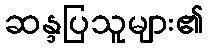
ဆန္ဒပြသူများ၏